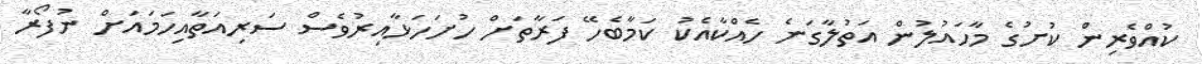
ކުއްވެރިން ކުށުގެ މާހައުލުން އަތުލާގަނެ ހެއްކާއެކު ކަމާބެހޭ ފަރާތަށް ހުށަހަޅާއިރުވެސް ސަރިއަތާއިހަމައަށް ނުފޯރާ